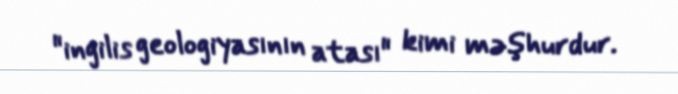
"ingilis geologiyasının atası" kimi məşhurdur.